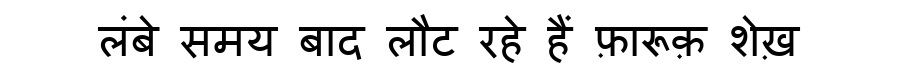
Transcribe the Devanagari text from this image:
लंबे समय बाद लौट रहे हैं फ़ारूक़ शेख़